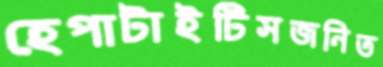
হেপাটাইটিসজনিত